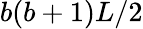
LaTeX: b(b+1)L/2